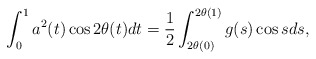
\begin{align*}\int_{0}^{1} a^2(t) \cos 2\theta(t) dt =\frac1{2}\int_{2\theta(0)}^{2\theta(1)} g(s) \cos s ds,\end{align*}